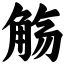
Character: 觞